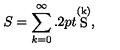
S = \sum _ { k = 0 } ^ { \infty } { \raise 1 . 2 p t \mathrm { \stackrel { ( k ) } { S } } } ,